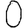
Digit: 0